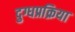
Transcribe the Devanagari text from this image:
दुग्धप्रक्रिया